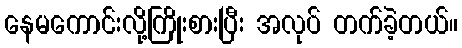
နေမကောင်းလို့ကြိုးစားပြီး အလုပ် တက်ခဲ့တယ်။